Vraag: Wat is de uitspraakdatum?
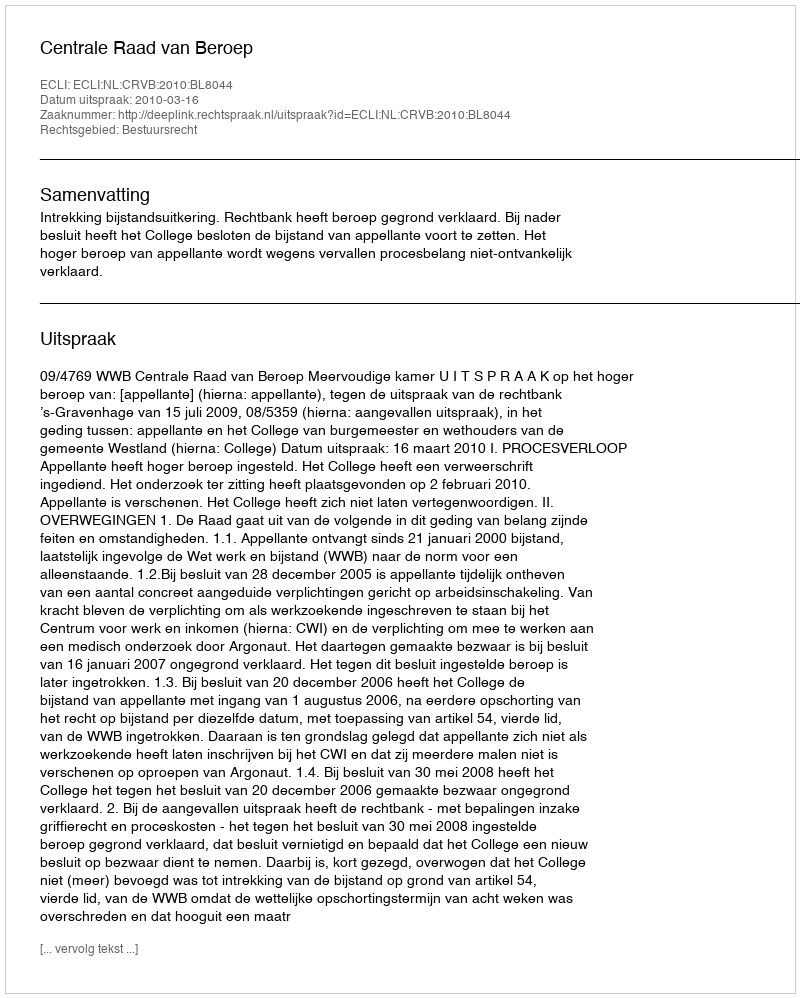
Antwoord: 2010-03-16